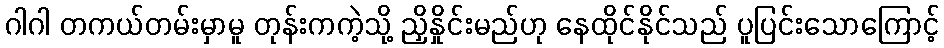
ဂါဂါ တကယ်တမ်းမှာမူ တုန်းကကဲ့သို့ ညှိနှိုင်းမည်ဟု နေထိုင်နိုင်သည် ပူပြင်းသောကြောင့်